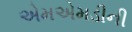
એમએમડીની